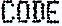
CODE